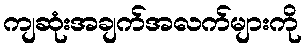
ကျဆုံးအချက်အလက်များကို